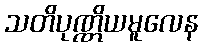
သတိပုဏ္ဏိယမူလေန